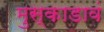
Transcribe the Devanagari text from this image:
मुस्काडावं